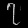
Digit: ၇